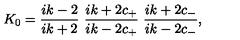
K _ { 0 } = \frac { i k - 2 } { i k + 2 } \ \frac { i k + 2 c _ { + } } { i k - 2 c _ { + } } \ \frac { i k + 2 c _ { - } } { i k - 2 c _ { - } } ,